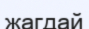
жагдай